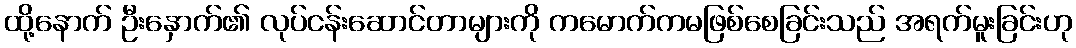
ထို့နောက် ဦးနှောက်၏ လုပ်ငန်းဆောင်တာများကို ကမောက်ကမဖြစ်စေခြင်းသည် အရက်မူးခြင်းဟု